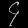
Digit: ၄